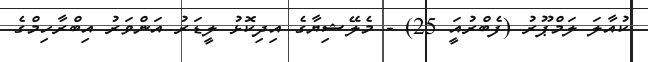
ކުއާލަ ލަމްޕޫރު (ފެބްރުއަީ 25) - މެލޭޝިޔާގެ އިދިކޮޅު ލީޑަރު އަންވަރު އިބްރާހިމްގެ